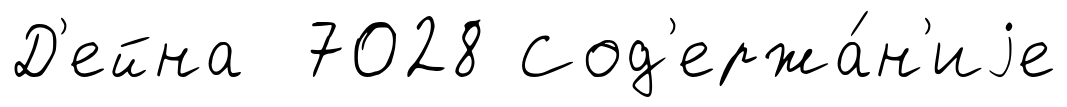
Д'ейна 7028 Сод'ержа́н'иjе